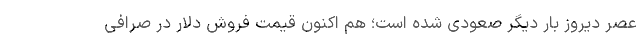
عصر دیروز بار دیگر صعودی شده است؛ هم اکنون قیمت فروش دلار در صرافی